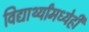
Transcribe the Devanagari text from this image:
विद्यार्थ्यांमध्येही